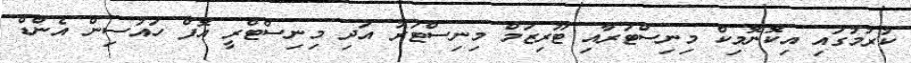
ކުރުމުގައި އިކޮނޮމިކް މިނިސްޓަރާއި ޓޫރިޒަމް މިނިސްޓަރު އަދި މިނިސްޓްރީ އޮފް ހައުސިން އެންޑް